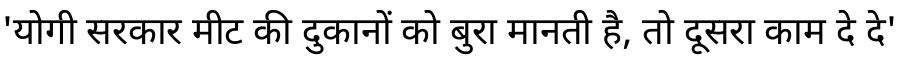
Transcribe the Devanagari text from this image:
'योगी सरकार मीट की दुकानों को बुरा मानती है, तो दूसरा काम दे दे'